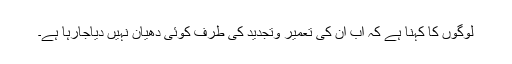
لوگوں کا کہنا ہے کہ اب ان کی تعمیر وتجدید کی طرف کوئی دھیان نہیں دیاجارہا ہے۔